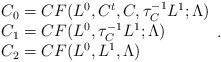
LaTeX: \begin{align*} \begin{array}{l} C_0 = CF(L^0 , C^t, C, \tau_C^{-1} L^1;{\Lambda}) \\ C_1 = CF(L^0,\tau_C^{-1} L^1;{\Lambda}) \\ C_2 = CF(L^0, L^1,{\Lambda}) \end{array} .\end{align*}